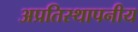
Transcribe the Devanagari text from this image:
अप्रतिस्थापनीय